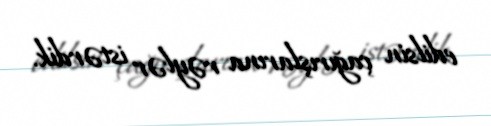
edilsin çağırışlarına rəylər istərdik.